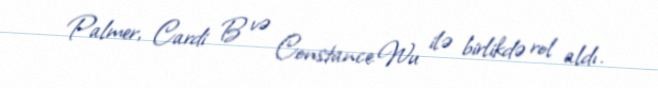
Palmer, Cardi B və Constance Wu ilə birlikdə rol aldı.